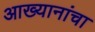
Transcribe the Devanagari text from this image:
आख्यानांचा